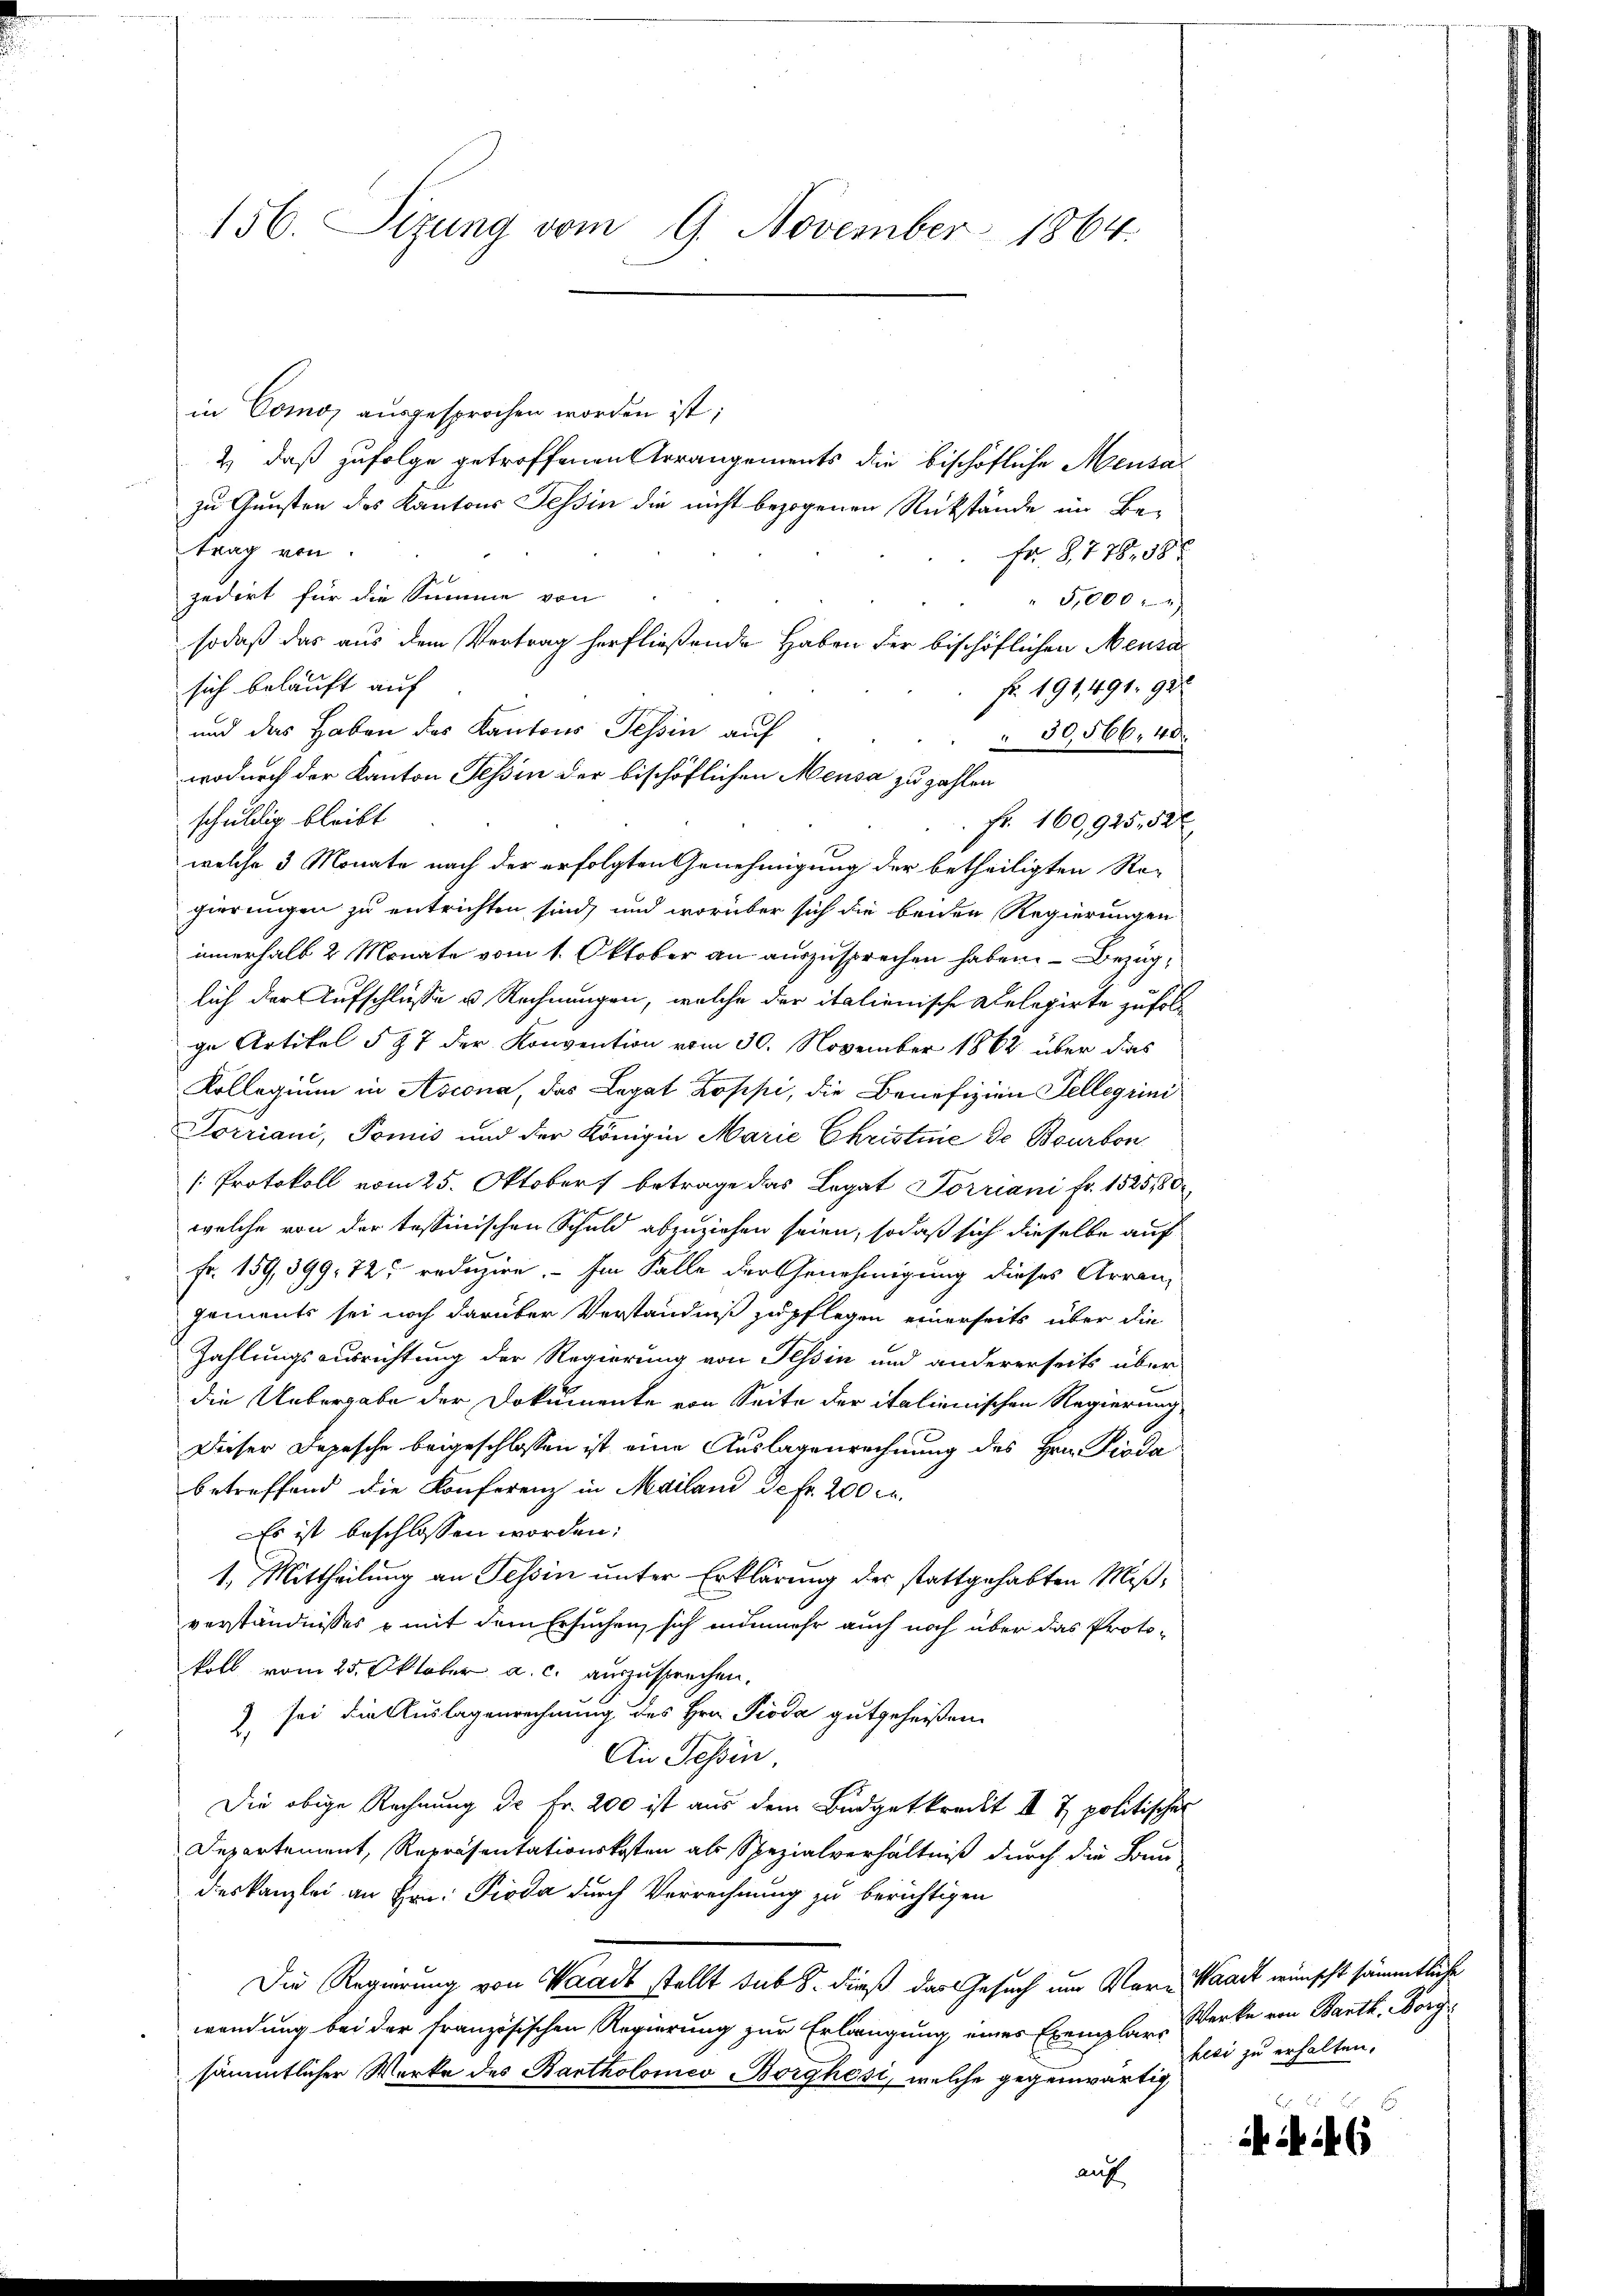
156. Sizung vom 9. November 1864.

in Comos ausgesprochen worden ist;
2) daß zufolge getroffenen Arrangements die bischöfliche Mensa
zu Gunsten des Kantons Tessin die nicht bezogenen Rückstände im Betrag von
Fr. 8778. 58
zedirt für die Summe von
5,000
sodaß das aus dem Vertrag herfließende Haben der bischöflichen Mensa
sich belauft auf
fr. 191,491. 922
und das Haben des Kantons Tessin auf
 30566. 40.
wodurch der Kanton Tessin der bischöflichen Meusa zu zahlen
schuldig bleibt.
Fr. 160,925,52x
welche 3 Monate nach der erfolgten Genehmigung der betheiligten Re-
gierungen zu entrichten sind, und worüber sich die beiden Regierungen
innerhalb 2 Monate vom 1. Oktober an auszusprechen haben. — Bezuglich der Aufschlüsse u. Rechnungen, welche der italienische Relegirte zufolge Artikel § 87 der Konvention vom 30. November 1862 über das
Kollegium in Ascona, das Legat Koppi, die Benefizien Sellerini
Torriani, Tomis und der Königin Marie Christie de Bourbon
[Protokoll vom 25. Oktober betrage das Legat Torriani fr. 1525,80
welche von der tessinischen Schuld abzuziehen seien, sodaß sich dieselbe auf
Fr. 159, 399. 72 reduzire. — Im Falle der Genehmigung dieses Arren-
gements sei noch darüber Verständniß zu pflegen einerseits über die
Zahlungsausrichtung der Regierung von Tessin und andererseits über
die Uebergabe der Dokumente von Seite der italienischen Regierung
Dieser Depesche beigeschlossen ist eine Auslagenrechnung des Hrn. Pioda
betreffend die Konferenz in Mailand de fr. 200 l.
Es ist beschlossen worden:
1. Mittheilung an Tessin unter Erklärung der stattgehabten Mißverständnisses & mit dem Ersuchen, sich nunmehr auch noch über das Protokoll vom 25. Oktober a. c. auszusprechen.
) sei die Auslagenrechnung des Hrn. Pioda gutgeheißen.
An Tessin,
Die obige Rechnung dr Fr. 200 ist aus dem Budgetkrecht I & politischer
Departement, Repräsentationskosten als Spezialverhältniß durch die Bun-
deskanzlei an Hrn. Pioda durch Verrechnung zu berichtigen
Die Regierung von Waadt stellt sub 8. dieß das Gesuch um Vor- Waadt wünscht sämmtliche
wendung bei der französischen Regierung zur Erlangung eines Exemplare Werke von Barth. Borgsämmtlicher Werke des Bartholomeo Borghesi, welche gegenwärtig
auf

hesi zu erhalten.

AN 146